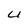
Character: U